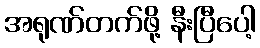
အရုဏ်တက်ဖို့ နီးပြီပေါ့